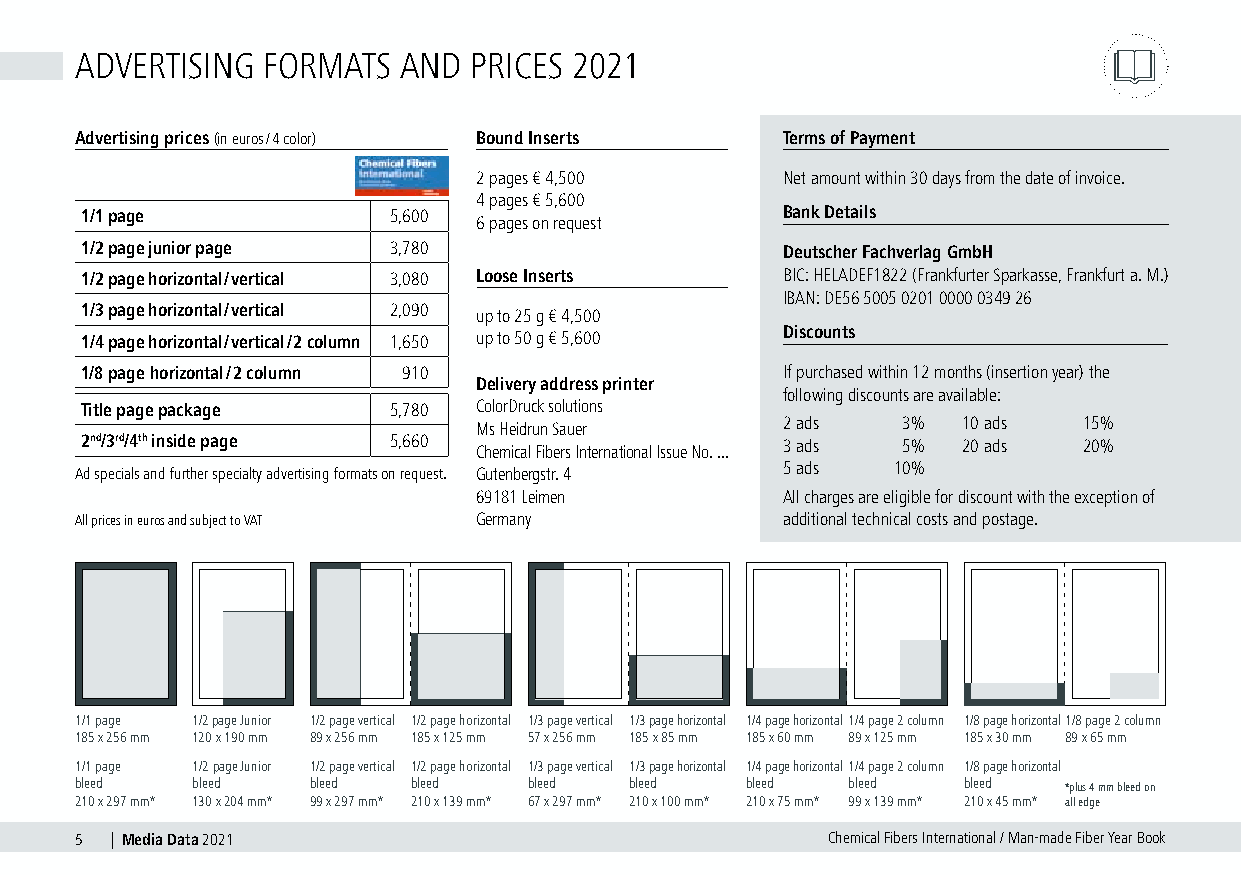
ADVERTISING FORMATS   AND PRICES 2021
 Advertising prices (in euros / 4 color) Bound Inserts Terms of Payment
 2 pages € 4,500     Net amount within 30 days from the date of invoice.
 4 pages € 5,600
 1/1 page             5,600                     Bank Details
 6 pages on request
 1/2 page junior page 3,780                     Deutscher Fachverlag GmbH
 1/2 page horizontal / vertical 3,080 Loose Inserts BIC: HELADEF1822 (Frankfurter Sparkasse, Frankfurt a. M.)
 IBAN: DE56 5005 0201 0000 0349 26
 1/3 page horizontal / vertical 2,090 up to 25 g € 4,500
 Discounts
 1/4 page horizontal / vertical / 2 column 1,650 up to 50 g € 5,600
 1/8 page horizontal / 2 column 910             If purchased within 12 months (insertion year) the
 Delivery address printer
 following discounts are available:
 Title page package   5,780 ColorDruck solutions
 Ms Heidrun Sauer    2 ads   3%  10 ads  15%
 2nd/3rd/4th inside page 5,660 Chemical Fibers International Issue No. ... 3 ads 5% 20 ads 20%
 Ad specials and further specialty advertising formats on request. Gutenbergstr. 4 5 ads 10%
 69181 Leimen        All charges are eligible for discount with the exception of
 All prices in euros and subject to VAT Germany additional technical costs and postage.
 1/1 page 1/2 page Junior 1/2 page vertical 1/2 page horizontal 1/3 page vertical 1/3 page horizontal 1/4 page horizontal 1/4 page 2 column 1/8 page horizontal 1/8 page 2 column
 185 x 256 mm 120 x 190 mm 89 x 256 mm 185 x 125 mm 57 x 256 mm 185 x 85 mm 185 x 60 mm 89 x 125 mm 185 x 30 mm 89 x 65 mm
 1/1 page 1/2 page Junior 1/2 page vertical 1/2 page horizontal 1/3 page vertical 1/3 page horizontal 1/4 page horizontal 1/4 page 2 column 1/8 page horizontal
 bleed   bleed  bleed  bleed   bleed  bleed  bleed  bleed   bleed *plus 4 mm bleed on
 210 x 297 mm* 130 x 204 mm* 99 x 297 mm* 210 x 139 mm* 67 x 297 mm* 210 x 100 mm* 210 x 75 mm* 99 x 139 mm* 210 x 45 mm* all edge
 5 | Media Data 2021                               Chemical Fibers International / Man-made Fiber Year Book